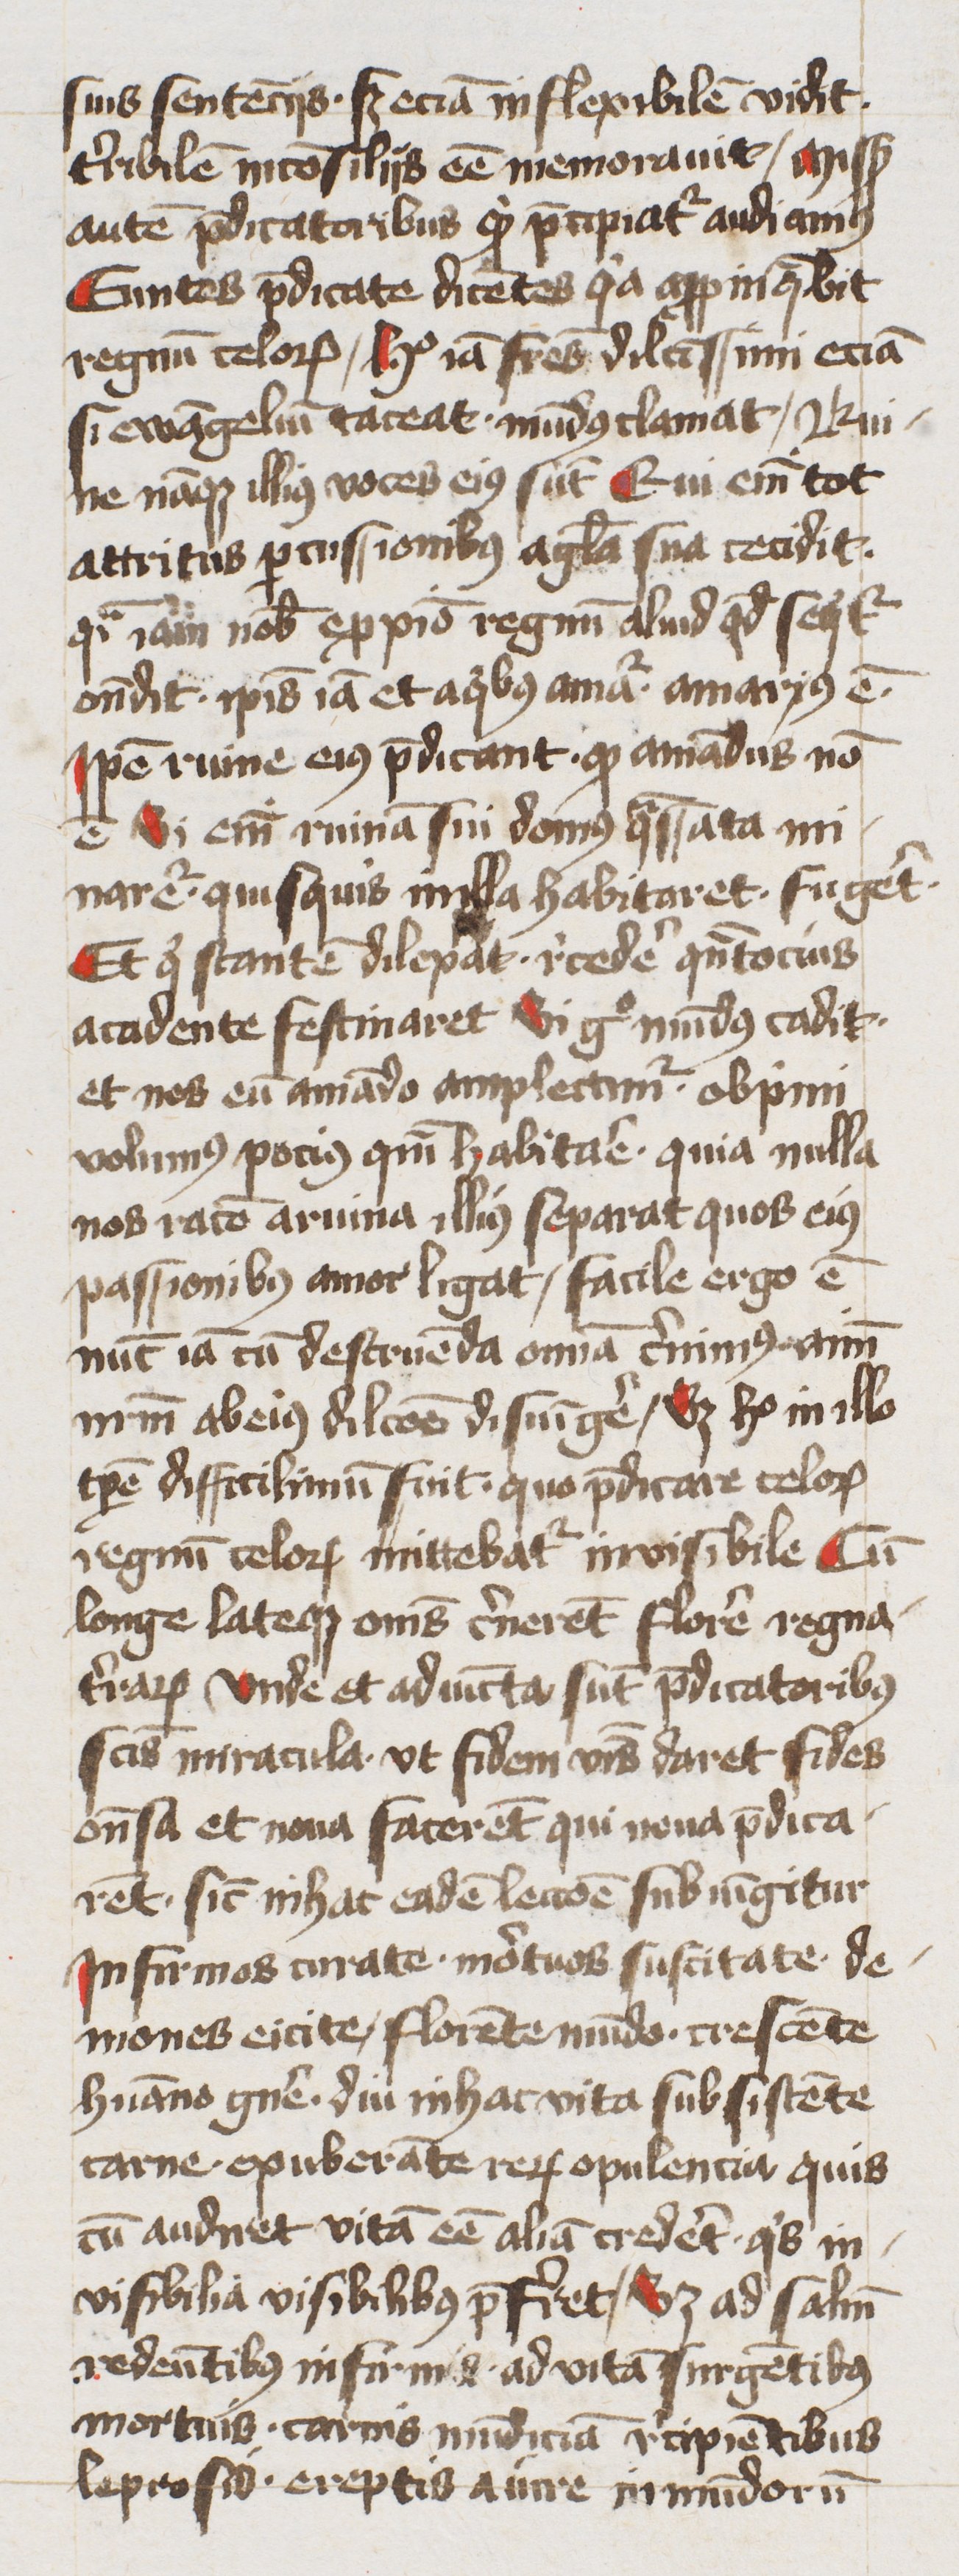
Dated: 1400–1449